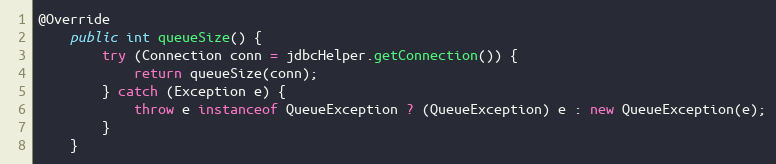
Language: Java
@Override
    public int queueSize() {
        try (Connection conn = jdbcHelper.getConnection()) {
            return queueSize(conn);
        } catch (Exception e) {
            throw e instanceof QueueException ? (QueueException) e : new QueueException(e);
        }
    }